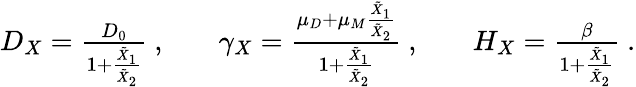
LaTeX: \begin{array}{rlrlr}{D_{X}=\frac{D_{0}}{1+\frac{\tilde{X}_{1}}{\tilde{X}_{2}}}~,}&{{}}&{\gamma_{X}=\frac{\mu_{D}+\mu_{M}\frac{\tilde{X}_{1}}{\tilde{X}_{2}}}{1+\frac{\tilde{X}_{1}}{\tilde{X}_{2}}}~,}&{{}}&{H_{X}=\frac{\beta}{1+\frac{\tilde{X}_{1}}{\tilde{X}_{2}}}~.}\end{array}